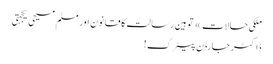
ملکی حالات » توہین رسالت کا قانون اور مسلم مسیحی یکجہتی
ڈاکٹر جارڈن پیٹرک!